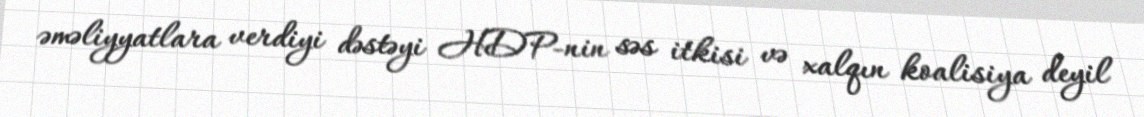
əməliyyatlara verdiyi dəstəyi HDP-nin səs itkisi və xalqın koalisiya deyil